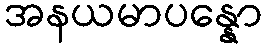
အနယမာပန္နော